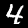
Digit: 4